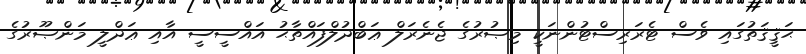
ޙަޤީޤަތުގައި ވެސް ޓެރަރިސްޓުންނަކީ މިޞުރުގެ ޖެނެރަލް ޢަބްދުލްފައްތާޙު އައްސީސީ އާއި ޢަދްލީ މަންޞޫރުގެ